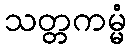
သတ္တကမ္မံ